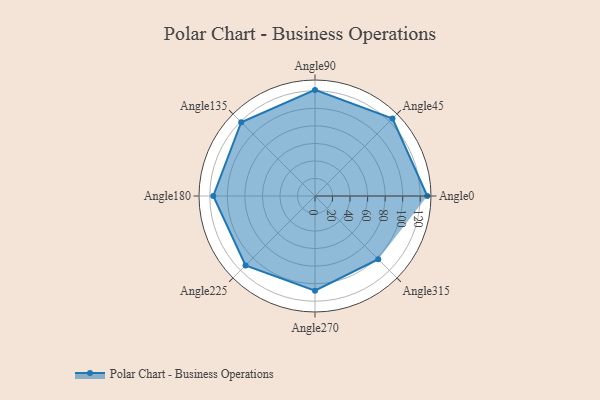
{"axis": {"x": "Angle", "y": "Radius"}, "legend": [""], "data": [{"x": "Angle0", "y": 128.0, "type": ""}, {"x": "Angle45", "y": 125.0, "type": ""}, {"x": "Angle90", "y": 121.0, "type": ""}, {"x": "Angle135", "y": 119.0, "type": ""}, {"x": "Angle180", "y": 116.0, "type": ""}, {"x": "Angle225", "y": 112.0, "type": ""}, {"x": "Angle270", "y": 108.0, "type": ""}, {"x": "Angle315", "y": 102.0, "type": ""}]}